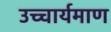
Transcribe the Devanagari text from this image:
उच्चार्यमाण